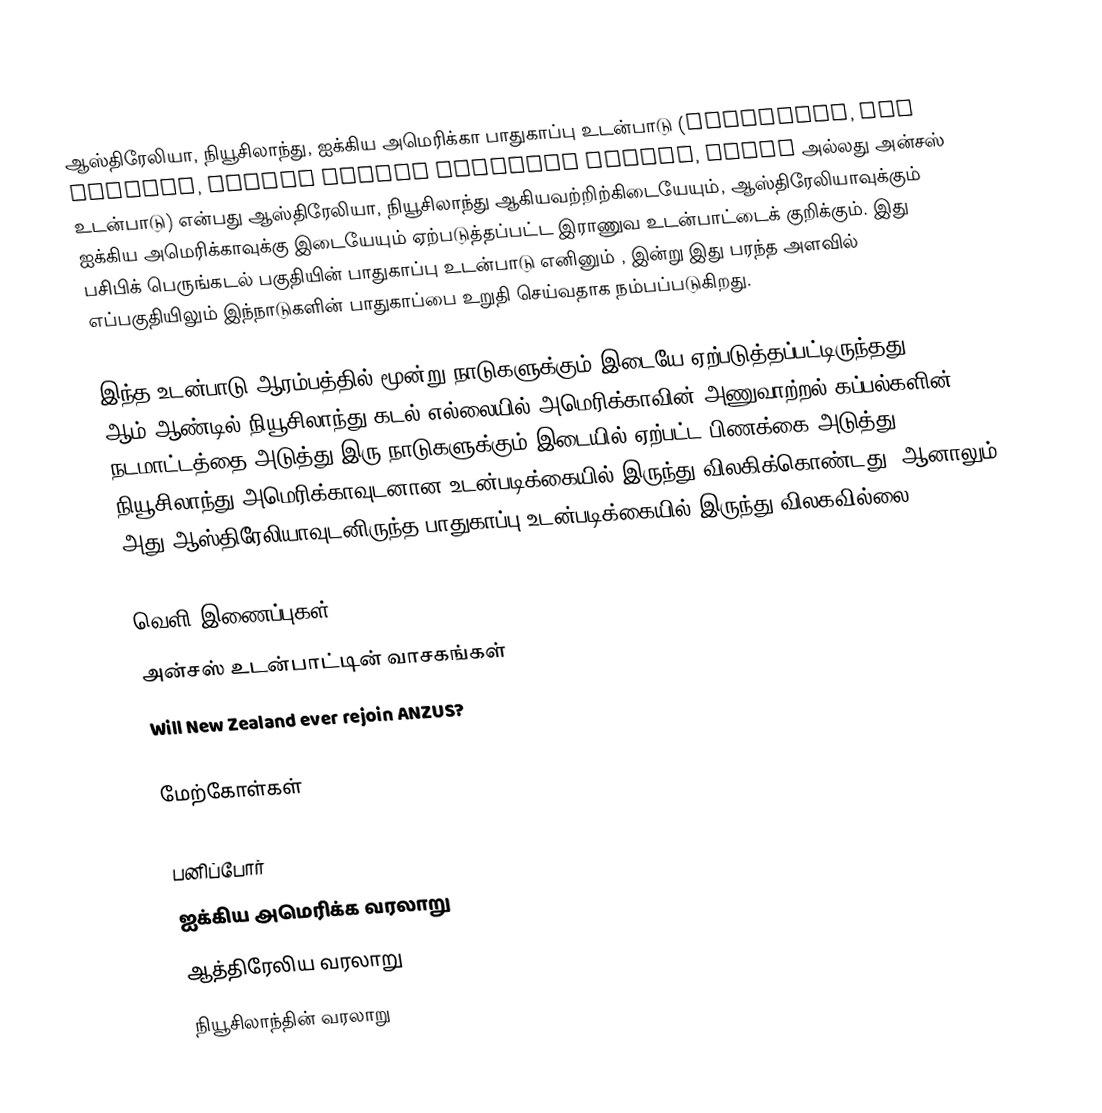
ஆஸ்திரேலியா, நியூசிலாந்து, ஐக்கிய அமெரிக்கா பாதுகாப்பு உடன்பாடு (Australia, New Zealand, United States Security Treaty, ANZUS அல்லது அன்சஸ் உடன்பாடு) என்பது ஆஸ்திரேலியா, நியூசிலாந்து ஆகியவற்றிற்கிடையேயும், ஆஸ்திரேலியாவுக்கும் ஐக்கிய அமெரிக்காவுக்கு இடையேயும் ஏற்படுத்தப்பட்ட இராணுவ உடன்பாட்டைக் குறிக்கும். இது பசிபிக் பெருங்கடல் பகுதியின் பாதுகாப்பு உடன்பாடு எனினும் , இன்று இது பரந்த அளவில் எப்பகுதியிலும் இந்நாடுகளின் பாதுகாப்பை உறுதி செய்வதாக நம்பப்படுகிறது.

இந்த உடன்பாடு ஆரம்பத்தில் மூன்று நாடுகளுக்கும் இடையே ஏற்படுத்தப்பட்டிருந்தது. 1984 ஆம் ஆண்டில் நியூசிலாந்து கடல் எல்லையில் அமெரிக்காவின் அணுவாற்றல் கப்பல்களின் நடமாட்டத்தை அடுத்து இரு நாடுகளுக்கும் இடையில் ஏற்பட்ட பிணக்கை அடுத்து நியூசிலாந்து அமெரிக்காவுடனான உடன்படிக்கையில் இருந்து விலகிக்கொண்டது. ஆனாலும் அது ஆஸ்திரேலியாவுடனிருந்த பாதுகாப்பு உடன்படிக்கையில் இருந்து விலகவில்லை.

வெளி இணைப்புகள்
 அன்சஸ் உடன்பாட்டின் வாசகங்கள்
 Will New Zealand ever rejoin ANZUS?

மேற்கோள்கள்

பனிப்போர்
ஐக்கிய அமெரிக்க வரலாறு
ஆத்திரேலிய வரலாறு
நியூசிலாந்தின் வரலாறு